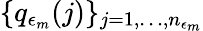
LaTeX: \{ q_{\epsilon_{m}}(j)\} _{j=1,\dots,n_{\epsilon_{m}}}